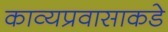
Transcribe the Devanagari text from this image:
काव्यप्रवासाकडे